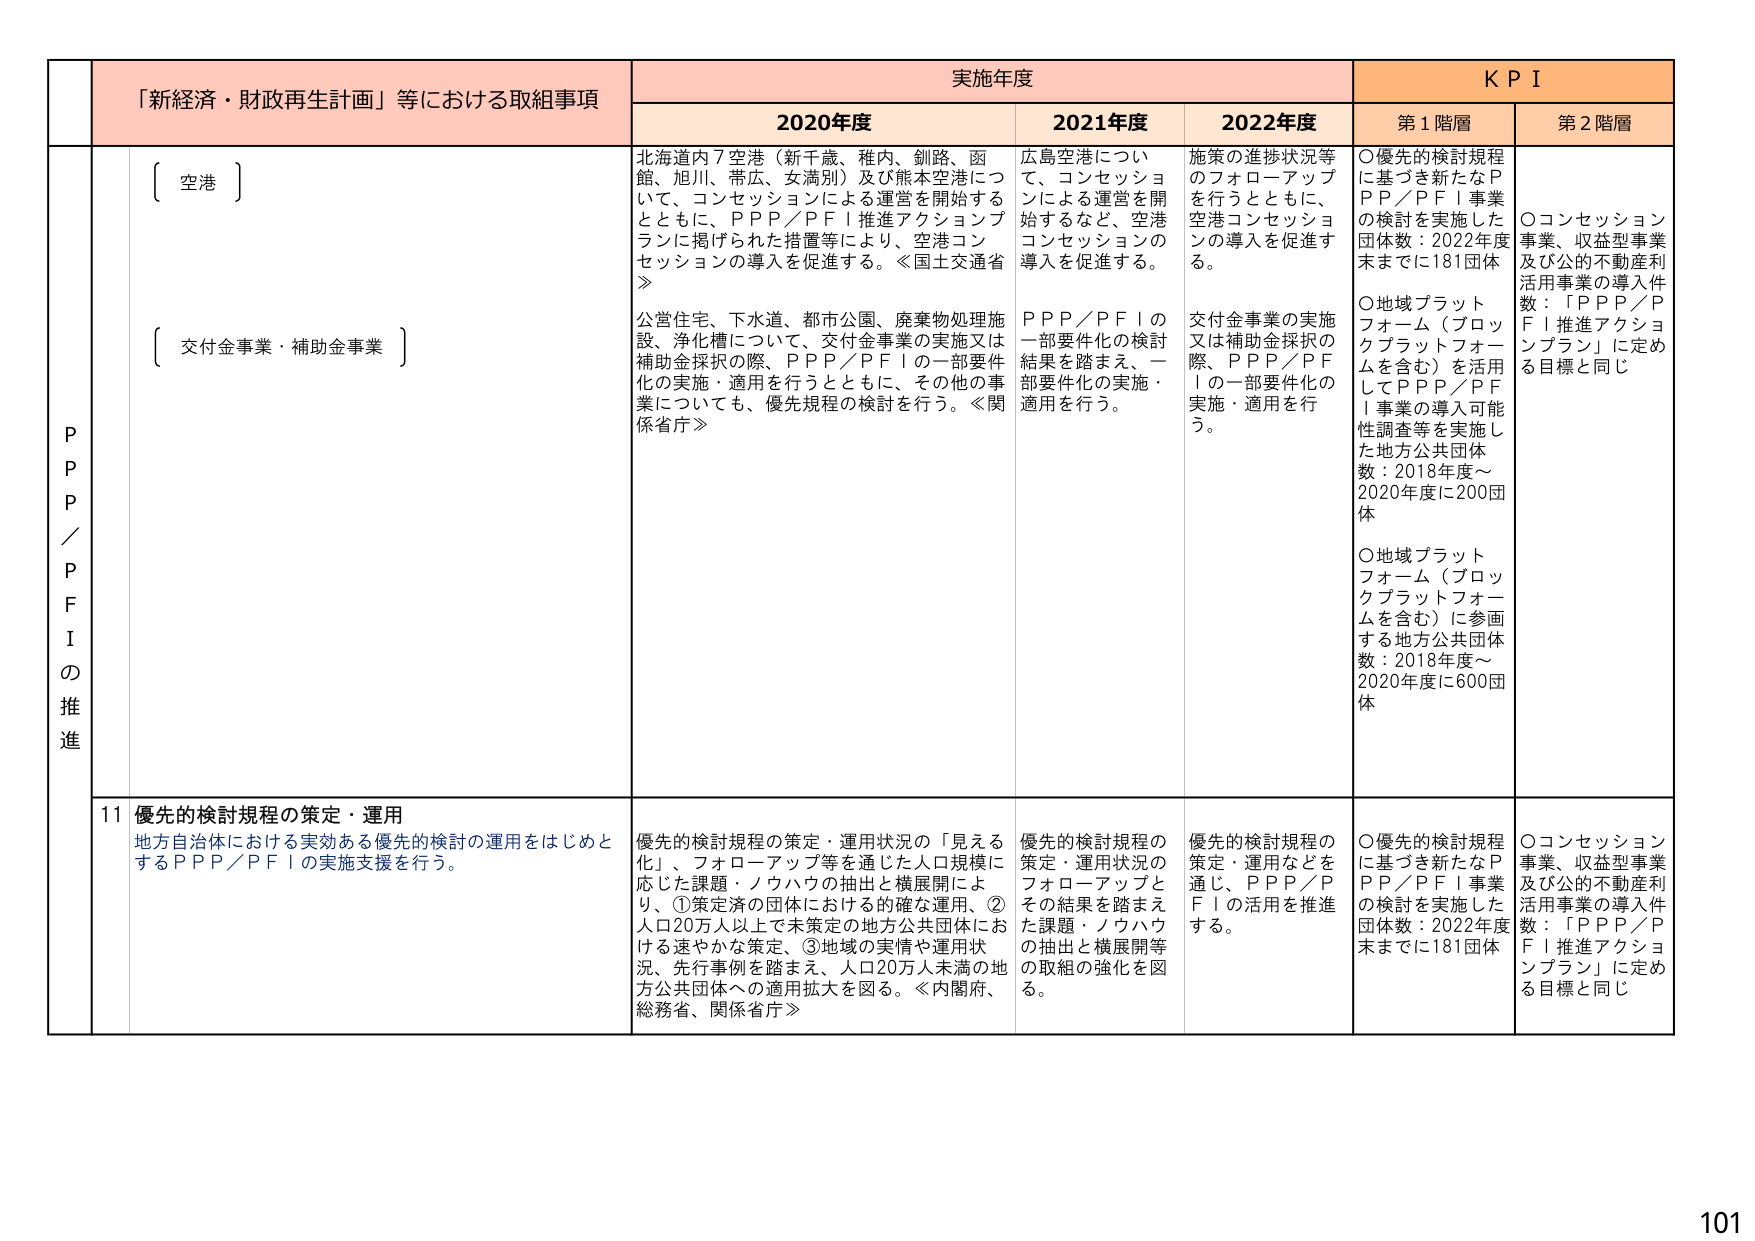
「新経済・財政再生計画」等における取組事項
実施年度
KPI

2020年度
2021年度
2022年度
第1階層
第2階層

ＰＰＰ／ＰＦＩの推進

〔 空港 〕
北海道内7空港（新千歳、稚内、釧路、函館、旭川、帯広、女満別）及び熊本空港について、コンセッションによる運営を開始するとともに、ＰＰＰ／ＰＦＩ推進アクションプランに掲げられた措置等により、空港コンセッションの導入を促進する。≪国土交通省≫

広島空港について、コンセッションによる運営を開始するなど、空港コンセッションの導入を促進する。

施策の進捗状況等のフォローアップを行うとともに、空港コンセッションの導入を促進する。

〇優先的検討規程に基づき新たなＰＰＰ／ＰＦＩ事業の検討を実施した団体数：2022年度末までに181団体
〇地域プラットフォーム（ブロックプラットフォームを含む）を活用してＰＰＰ／ＰＦＩ事業・導入可能性調査等を実施した地方公共団体数：2018年度～2020年度に200団体
〇地域プラットフォーム（ブロックプラットフォームを含む）に参画する地方公共団体数：2018年度～2020年度に600団体

〇コンセッション事業、収益型事業及び公的不動産利活用事業の導入件数：「ＰＰＰ／ＰＦＩ推進アクションプラン」に定める目標と同じ

〔 交付金事業・補助金事業 〕
公営住宅、下水道、都市公園、廃棄物処理施設、浄化槽について、交付金事業の実施又は補助金採択の際、ＰＰＰ／ＰＦＩの一部要件化の実施・適用を行うとともに、その他の事業についても、優先規程の検討を行う。≪関係省庁≫

ＰＰＰ／ＰＦＩの一部要件化の検討結果を踏まえ、一部要件化の実施・適用を行う。

交付金事業の実施又は補助金採択の際、ＰＰＰ／ＰＦＩの一部要件化の実施・適用を行う。

11 優先的検討規程の策定・運用
地方自治体における実効ある優先的検討の運用をはじめとするＰＰＰ／ＰＦＩの実施支援を行う。

優先的検討規程の策定・運用状況の「見える化」、フォローアップ等を通じた人口規模に応じた課題・ノウハウの抽出と横展開により、①策定済の団体における的確な運用、②人口20万人以上で未策定の地方公共団体における速やかな策定、③地域の実情や運用状況、先行事例を踏まえ、人口20万人未満の地方公共団体への適用拡大を図る。≪内閣府、総務省、関係省庁≫

優先的検討規程の策定・運用状況のフォローアップとその結果を踏まえた課題・ノウハウの抽出と横展開等の取組の強化を図る。

優先的検討規程の策定・運用などを通じ、ＰＰＰ／ＰＦＩの活用を推進する。

〇優先的検討規程に基づき新たなＰＰＰ／ＰＦＩ事業の検討を実施した団体数：2022年度末までに181団体

〇コンセッション事業、収益型事業及び公的不動産利活用事業の導入件数：「ＰＰＰ／ＰＦＩ推進アクションプラン」に定める目標と同じ

101